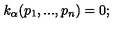
k _ { \alpha } ( p _ { 1 } , . . . , p _ { n } ) = 0 ;